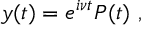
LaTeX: y ( t ) = e ^ { i \nu t } P ( t ) \ ,